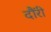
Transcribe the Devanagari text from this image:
दौंरी